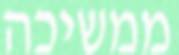
ממשיכה